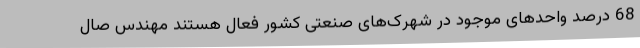
68 درصد واحدهای موجود در شهرک‌های صنعتی کشور فعال هستند مهندس صال